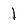
Character: 1